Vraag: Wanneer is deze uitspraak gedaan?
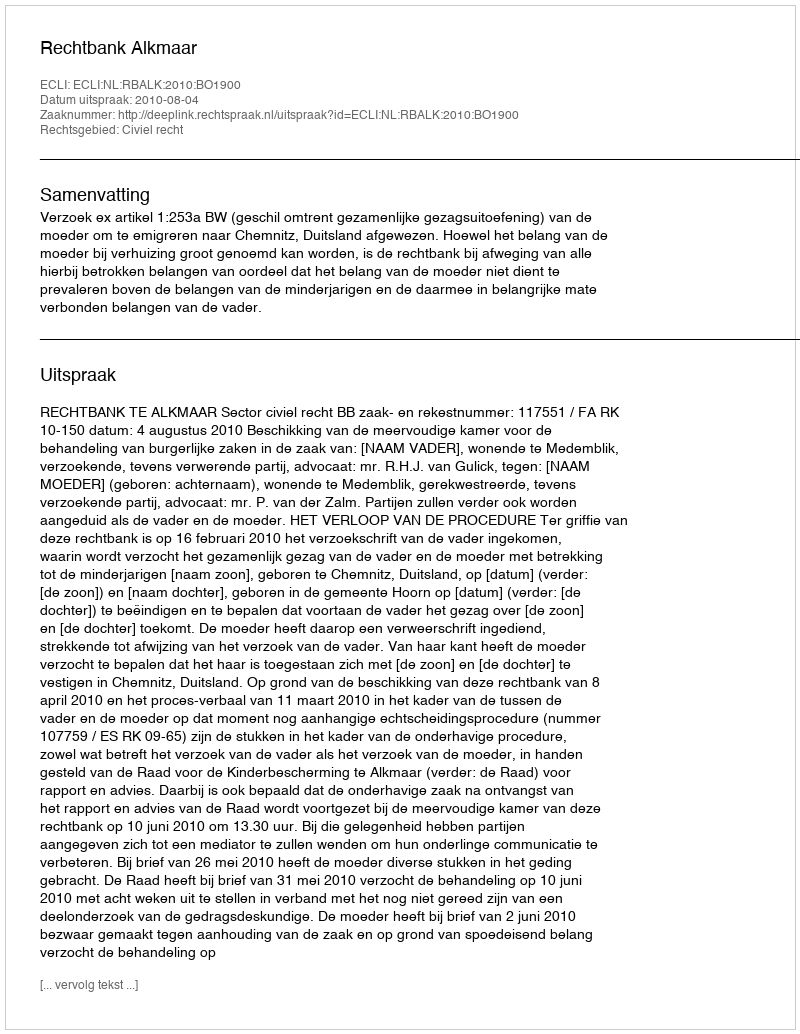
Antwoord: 2010-08-04